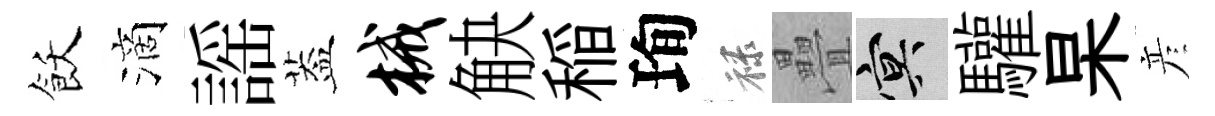
飫滴謡葢械觖稲珣禄疊冥驩杲彦